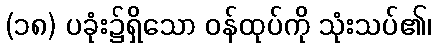
(၁၈) ပခုံး၌ရှိသော ဝန်ထုပ်ကို သုံးသပ်၏၊